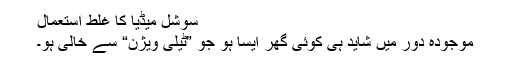
سوشل میڈیا کا غلط استعمال
موجودہ دور میں شاید ہی کوئی گھر ایسا ہو جو ”ٹیلی ویژن“ سے خالی ہو۔